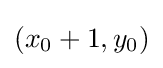
(x_{0}+1,y_{0})